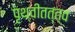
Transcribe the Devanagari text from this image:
पृथ्वीतत्त्व